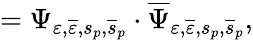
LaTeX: =\Psi_{\varepsilon,\overline{{{\varepsilon}}},s_{p},\overline{{{s}}}_{p}}\cdot\overline{{{\Psi}}}_{\varepsilon,\overline{{{\varepsilon}}},s_{p},\overline{{{s}}}_{p}},